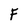
Character: F